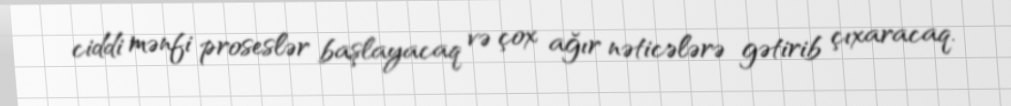
ciddi mənfi proseslər başlayacaq və çox ağır nəticələrə gətirib çıxaracaq.